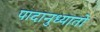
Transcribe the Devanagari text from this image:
पादानुध्यातो